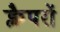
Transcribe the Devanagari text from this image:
क्लैपरों